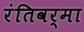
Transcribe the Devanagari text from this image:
रंतिवर्मा